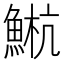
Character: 𫙤